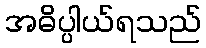
အဓိပ္ပါယ်ရသည်